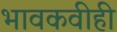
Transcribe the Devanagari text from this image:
भावकवीही